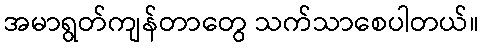
အမာရွတ်ကျန်တာတွေ သက်သာစေပါတယ်။